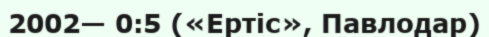
2002— 0:5 («Ертіс», Павлодар)